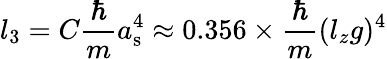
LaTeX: l_{3}=C\frac{\hbar}{m}a_{\mathrm{s}}^{4}\approx 0.356\times\frac{\hbar}{m}(l_{z}g)^{4}